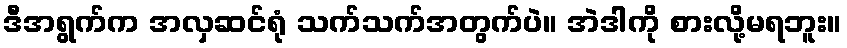
ဒီအရွက်က အလှဆင်ရုံ သက်သက်အတွက်ပဲ။ အဲဒါကို စားလို့မရဘူး။